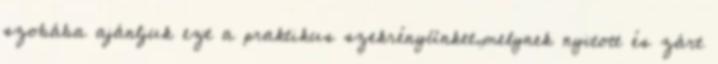
szobába ajánljuk ezt a praktikus szekrényünket,melynek nyitott és zárt